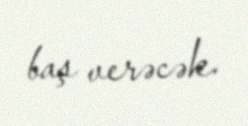
baş verəcək.